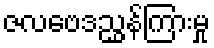
ဇလဗေဒညွှန်ကြားမှု